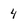
Character: 4